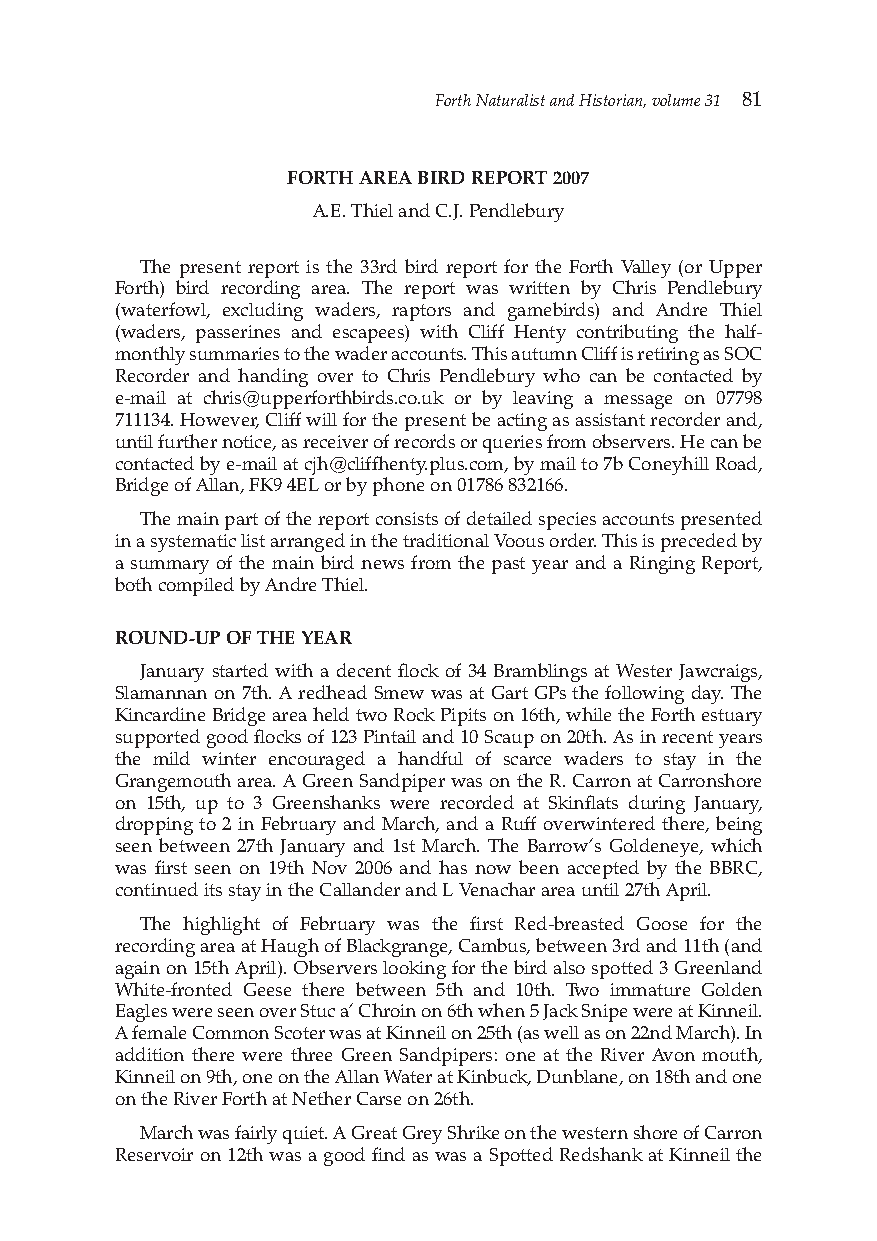
Forth Naturalist and Historian, volume 31 81
 FORTH AREA BIRD REPORT 2007
 A.E.Thieland C.J. Pendlebury
 The present report is the 33rd bird report for the Forth Valley (or Upper
 Forth) bird recording area. The report was written by Chris Pendlebury
 (waterfowl, excluding waders, raptors and gamebirds) and Andre Thiel
 (waders, passerines and escapees) with Cliff Henty contributing the half-
 monthly summaries to the wader accounts. This autumn Cliff is retiring as SOC
 Recorder and handing over to Chris Pendlebury who can be contacted by
 e-mail at chris@upperforthbirds.co.uk or by leaving a message on 07798
 711134. However, Cliff will for the present be acting as assistant recorder and,
 until further notice, as receiver of records or queries from observers. He can be
 contacted by e-mail at cjh@cliffhenty.plus.com, by mail to 7b Coneyhill Road,
 Bridge of Allan, FK9 4EL or by phone on 01786 832166.
 The main part of the report consists of detailed species accounts presented
 in a systematic list arranged in the traditional Voous order. This is preceded by
 a summary of the main bird news from the past year and a Ringing Report,
 both compiled by Andre Thiel.
 ROUND-UP OF THE YEAR
 January started with a decent flock of 34 Bramblings at Wester Jawcraigs,
 Slamannan on 7th. A redhead Smew was at Gart GPs the following day. The
 Kincardine Bridge area held two Rock Pipits on 16th, whilethe Forth estuary
 supported good flocks of 123 Pintail and 10 Scaup on 20th.As in recent years
 the mild winter encouraged a handful of scarce waders to stay in the
 Grangemouth area. A Green Sandpiper was on the R. Carron at Carronshore
 on 15th, up to 3 Greenshanks were recorded at Skinflats during January,
 dropping to 2 in February and March, and a Ruff overwintered there, being
 seen between 27th January and 1st March. The Barrow’s Goldeneye, which
 was first seen on 19th Nov 2006 and has now been accepted by the BBRC,
 continued its stay in the Callander and L Venachar area until 27th April.
 The highlight of February was the first Red-breasted Goose for the
 recording area at Haugh of Blackgrange, Cambus, between 3rd and 11th (and
 again on 15thApril). Observers looking for the bird also spotted 3 Greenland
 White-fronted Geese there between 5th and 10th. Two immature Golden
 Eagles were seen over Stuc a’ Chroin on 6th when 5 Jack Snipe were at Kinneil.
 A female Common Scoter was at Kinneil on 25th(as well as on 22nd March). In
 addition there were three Green Sandpipers: one at the River Avon mouth,
 Kinneil on 9th, one on the Allan Water at Kinbuck, Dunblane, on 18th and one
 on the River Forth at Nether Carse on 26th.
 March was fairly quiet. A Great Grey Shrike on the western shore of Carron
 Reservoir on 12thwas a good find as was a Spotted Redshank at Kinneil the